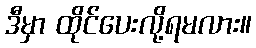
ဒီမှာ ထိုင်ပေးလို့ရမလား။